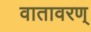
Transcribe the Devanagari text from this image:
वातावरण्